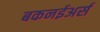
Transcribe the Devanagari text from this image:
बकनईअर्स